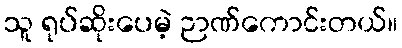
သူ ရုပ်ဆိုးပေမဲ့ ဉာဏ်ကောင်းတယ်။